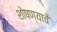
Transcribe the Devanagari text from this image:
शोषण्याचे